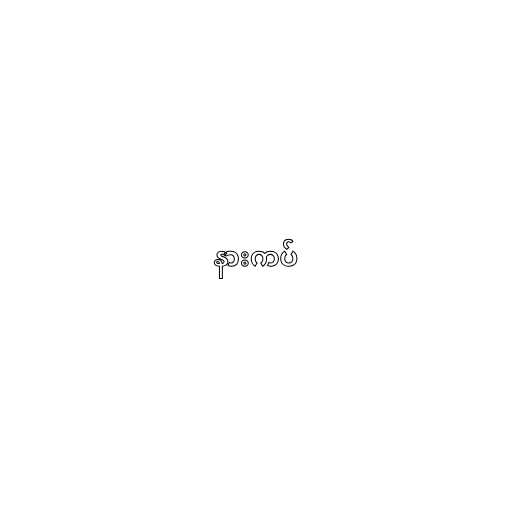
နားကပ်